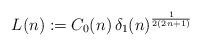
LaTeX: \begin{align*}L(n):=C_0(n)\,\delta_1(n)^{\frac{1}{2(2n+1)}}\end{align*}